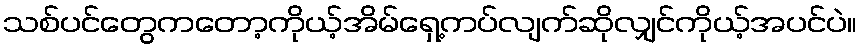
သစ်ပင်တွေကတော့ကိုယ့်အိမ်ရှေ့ကပ်လျက်ဆိုလျှင်ကိုယ့်အပင်ပဲ။